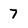
Character: 7